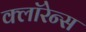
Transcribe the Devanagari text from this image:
क्लॉरेन्स